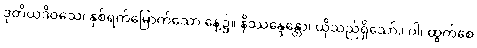
ဒုတိယဒိဝသေ၊ နှစ်ရက်မြောက်သော နေ့၌။ နိဿန္ဒေန္တော၊ ယိုသည်ရှိသော်။ ဝါ၊ ထွက်စေ